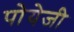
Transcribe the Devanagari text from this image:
पोयेजी